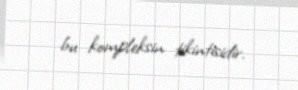
bu kompleksin tikintisidir.